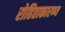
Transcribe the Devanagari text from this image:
रोहिताकारण्य